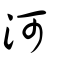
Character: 河